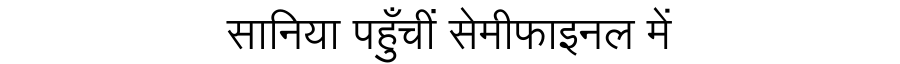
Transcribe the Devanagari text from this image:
सानिया पहुँचीं सेमीफाइनल में